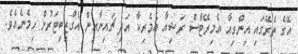
އޭގެ ތެރޭގައި އިންގިއާ އެމިރޭޓްސް ރަޝިއާ އެމެރިކާ އަދި ޗައިނާއިން އެގްޒިބިޓަރުން ހިމެނެއެވެ.